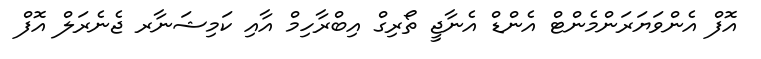
އޮފް އެންވަޔަރަންމެންޓް އެންޑް އެނާޖީ ތޯރިގް އިބްރާހިމް އާއި ކަމިޝަނާރ ޖެނެރަލް އޮފް